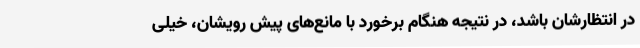
در انتظارشان باشد، در نتیجه هنگام برخورد با مانع‌های پیش رویشان، خیلی